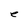
Character: e